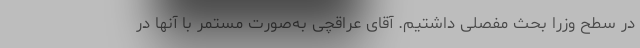
در سطح وزرا بحث مفصلی داشتیم. آقای عراقچی به‌صورت مستمر با آنها در